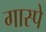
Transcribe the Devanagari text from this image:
गास्पे